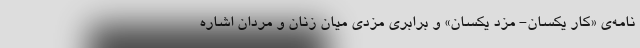
نامه‌ی «کار یکسان- مزد یکسان» و برابری مزدی میان زنان و مردان اشاره